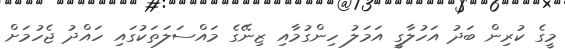
މީގެ ކުރިން ބަދު އަހުލާގީ އަމަލު ހިންގުމާއި ޒިނޭގެ މައްސަލަތަކުގައި ހައްދު ޖެހުމަށް